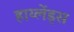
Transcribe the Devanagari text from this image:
हाय्लेंड्स